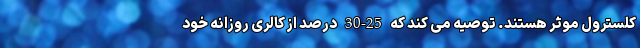
کلسترول موثر هستند. توصیه می کند که 25-30 درصد از کالری روزانه خود